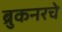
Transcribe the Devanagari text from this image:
ब्रुकनरचे